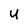
Character: u